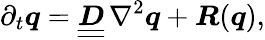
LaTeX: \partial_{t}{\boldsymbol{q}}={\underline{{\underline{{\boldsymbol{D}}}}}}\, \nabla^{2}{\boldsymbol{q}}+{\boldsymbol{R}}({\boldsymbol{q}}),